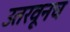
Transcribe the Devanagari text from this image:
उतरवूनच